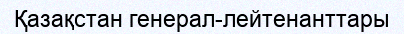
Қазақстан генерал-лейтенанттары